Insane asylums Bombay 1873-77 - 1873-1877
Year: 1873
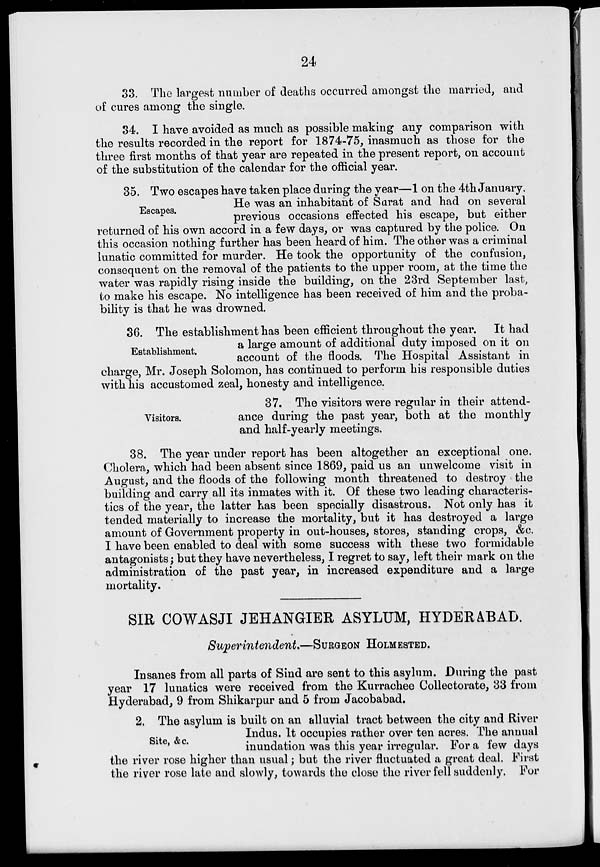
24
33. The largest number of deaths occurred amongst the married, and
of cures among the single.
34. I have avoided as much as possible making any comparison with
the results recorded in the report for 1874-75, inasmuch as those for the
three first months of that year are repeated in the present report, on account
of the substitution of the calendar for the official year.
Escapes.
35. Two escapes have taken place during the year—1 on the 4th January.
He was an inhabitant of Surat and had on several
previous occasions effected his escape, but either
returned of his own accord in a few days, or was captured by the police. On
this occasion nothing further has been heard of him. The other was a criminal
lunatic committed for murder. He took the opportunity of the confusion,
consequent on the removal of the patients to the upper room, at the time the
water was rapidly rising inside the building, on the 23rd September last,
to make his escape. No intelligence has been received of him and the proba-
bility is that he was drowned.
Establishment.
36. The establishment has been efficient throughout the year. It had
a large amount of additional duty imposed on it on
account of the floods. The Hospital Assistant in
charge, Mr. Joseph Solomon, has continued to perform his responsible duties
with his accustomed zeal, honesty and intelligence.
Visitors.
37. The visitors were regular in their attend-
ance during the past year, both at the monthly
and half-yearly meetings.
38. The year under report has been altogether an exceptional one.
Cholera, which had been absent since 1869, paid us an unwelcome visit in
August, and the floods of the following month threatened to destroy the
building and carry all its inmates with it. Of these two leading characteris-
tics of the year, the latter has been specially disastrous. Not only has it
tended materially to increase the mortality, but it has destroyed a large
amount of Government property in out-houses, stores, standing crops, &c.
I have been enabled to deal with some success with these two formidable
antagonists; but they have nevertheless, I regret to say, left their mark on the
administration of the past year, in increased expenditure and a large
mortality.
SIR COWASJI JEHANGIER ASYLUM, HYDERABAD.
Superintendent.—SURGEON HOLMESTED.
Insanes from all parts of Sind are sent to this asylum. During the past
year 17 lunatics were received from the Kurrachee Collectorate, 33 from
Hyderabad, 9 from Shikarpur and 5 from Jacobabad.
Site, &c.
2. The asylum is built on an alluvial tract between the city and River
Indus. It occupies rather over ten acres. The annual
inundation was this year irregular. For a few days
the river rose higher than usual; but the river fluctuated a great deal. First
the river rose late and slowly, towards the close the river fell suddenly. For